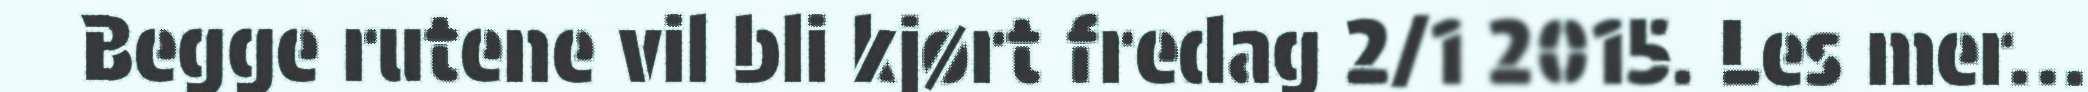
Begge rutene vil bli kjørt fredag 2/1 2015. Les mer...